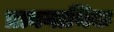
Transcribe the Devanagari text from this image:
प्रत्नगाथिक